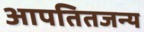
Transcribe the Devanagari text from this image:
आपतितजन्य